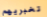
تخبريهم